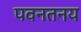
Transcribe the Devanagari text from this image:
पवनतनय